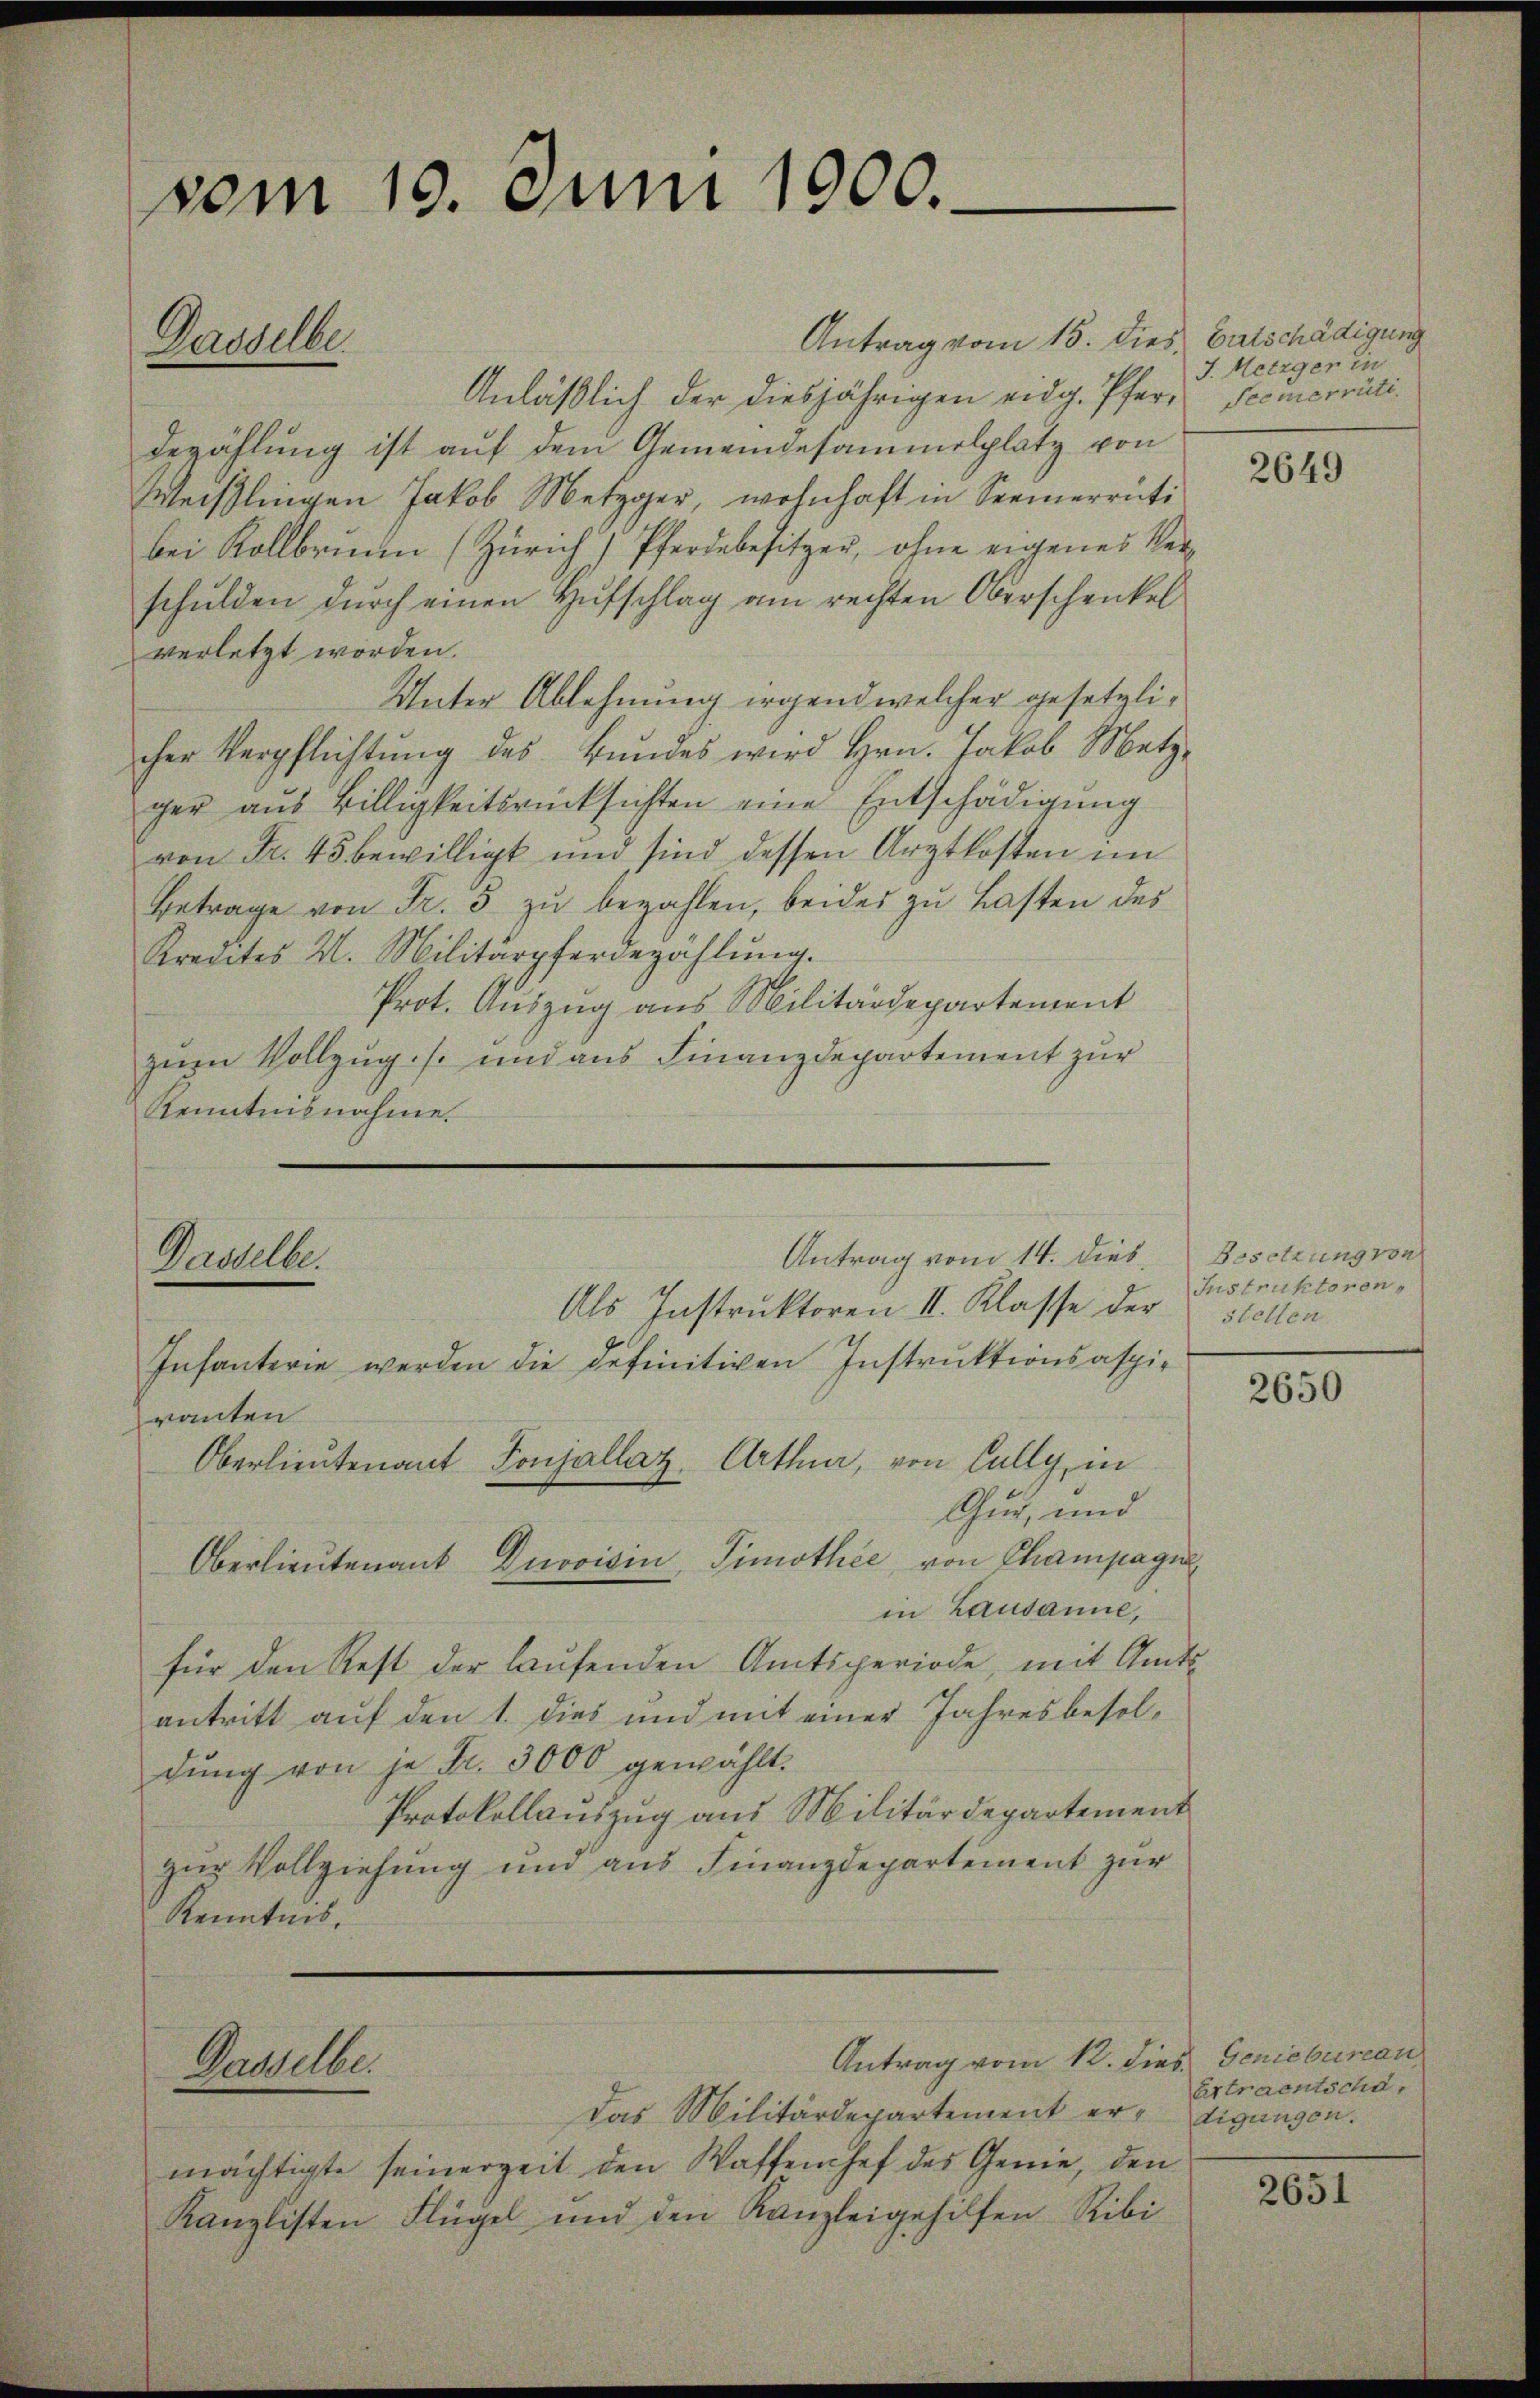
vom 19. Juni 1900.
Dasselbe

Dasselbe.

Dasselbe.

Oberlieutenant Ponjallaz, Arthur, von Cully, in

Oberlieutenant Duvoisin, Simothee von Champagn

Antrag vom 14. dies. Besetzung von

Anläßlich der diesjährigen eidg. Pfer¬
Bezählung ist auf dem Gemeindesammelplatz von
Weißlingen Jakob Metzger, wohnhaft in Seemerrati
bei Kollbrunn (Zürich) Pferdebesitzer, ohne eigenes Ver-
schulden durch einen Hufschlag am rechten Oberschenkel
verletzt worden.
Unter Ablehnung irgend welcher gesetzlicher Verpflichtung des Bundes wird Hrn. Jakob Metz-
ger aŭs Billigkeitsrücksichten eine Entschädigung
von Fr. 45 bewilligt und sind dessen Arztkosten im
Betrage von Fr. 5 zu bezahlen, beider zu Lasten des
Kredites H. Militärpferdezahlŭng.
Prot. Auszug aus Militärdepartement
zum Vollzug. s. und aus Finanzdepartement zur
Kenntnisnahme.

Antrag vom 12. dies. Geniebureau

Antrag vom 15. dies Entschädigung

Als Instruktoren II. Klasse der
Infanterie werden die definitiven Instruktionsaspie
ranten
Chur, und
in Lausanne,
für den Rest der laufenden Amtsperiode, mit Amts
antritt auf den 1. dies und mit einer Jahresbesoldŭng von je Fr. 3000 gewählt.
Protokollauszug aus Militärdepartement
zur Vollziehung und aus Finanzdepartement zur
Kenntnis.

Das Militärdepartement ermächtigte seinerzeit den Waffenhef des Genie, den
Kanzlisten Flügel und den Kanzleigehilfen Ribi

J. Metzger in
Seemerrüti.

2649

Instruktoren,
stellen

2650

Ertraentschä
digungen.

2651